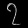
Digit: ၇